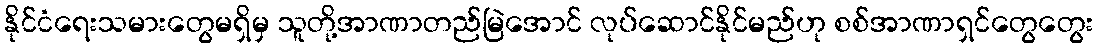
နိုင်ငံရေးသမားတွေမရှိမှ သူတို့အာဏာတည်မြဲအောင် လုပ်ဆောင်နိုင်မည်ဟု စစ်အာဏာရှင်တွေတွေး